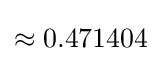
\approx 0.471404